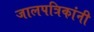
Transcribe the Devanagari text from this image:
जालपत्रिकांनी